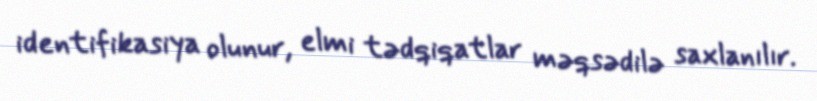
identifikasiya olunur, elmi tədqiqatlar məqsədilə saxlanılır.